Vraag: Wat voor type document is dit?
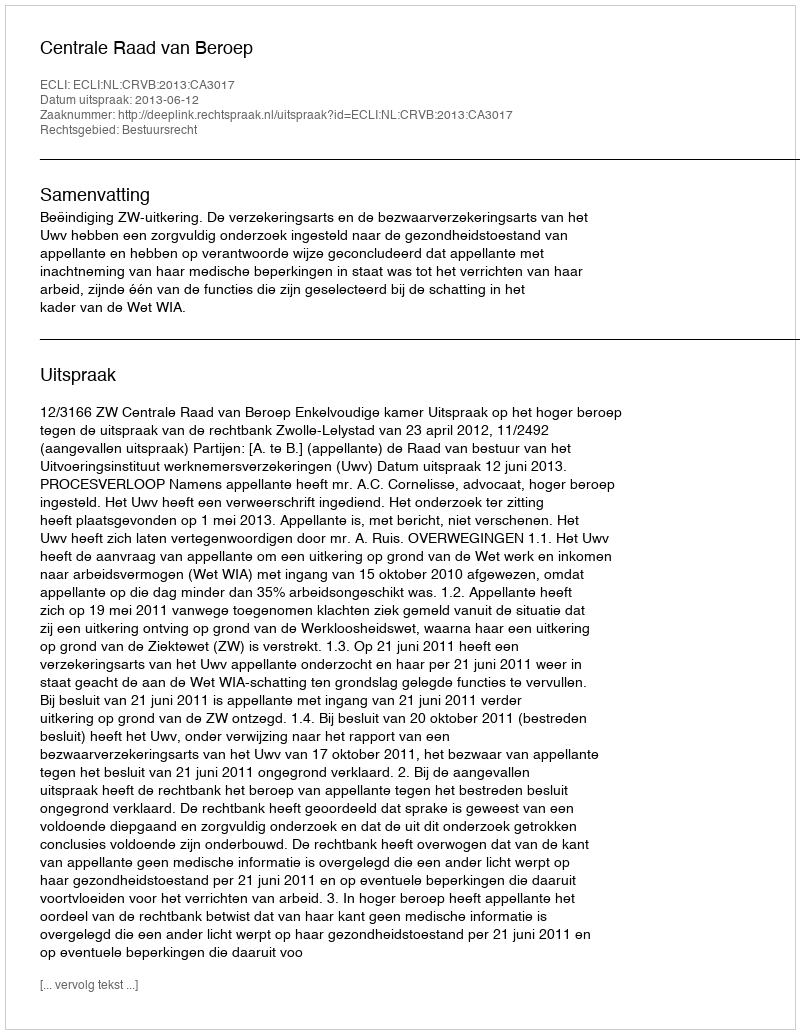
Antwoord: Uitspraak